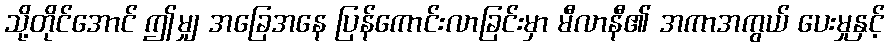
သို့တိုင်အောင် ဤမျှ အခြေအနေ ပြန်ကောင်းလာခြင်းမှာ မီလာနီ၏ အကာအကွယ် ပေးမှုနှင့်